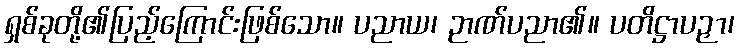
ရှစ်ခုတို့၏ပြည့်ကြောင်းဖြစ်သော။ ပညာယ၊ ဉာဏ်ပညာ၏။ ပတိဋ္ဌာပဉှာ၊